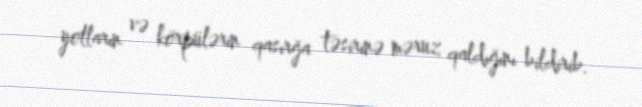
yolların və körpülərin qasırğa təsirinə məruz qaldığını bildirib.